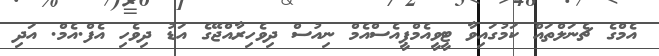
އެމްގެ ޗެނަލްތައް ކަމުގައިވާ ޓީވީއެމްޕީއެސްއެމް ނިއުސް ދިވެހިރާއްޖޭގެ އަޑު ދިވެހި އެފް.އެމް. އަދި